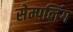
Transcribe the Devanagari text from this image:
सेम्पलिंग